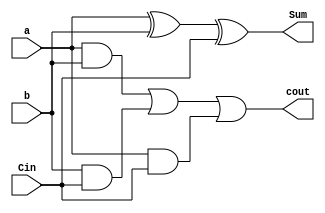
module FA(
    input  a,
    input  b,
    input  Cin, 
    output Sum,
    output cout);

wire wi0,wi1,wi2;
// put your design here
and(wi0,a,b);
and(wi1,b,Cin);
and(wi2,a,Cin);
or(cout,wi0,wi1,wi2);
xor(Sum,a,b,Cin);
endmodule